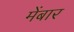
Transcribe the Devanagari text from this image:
मेंबार